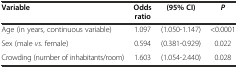
<table><thead><tr><td><b>Variable</b></td><td><b>Odds ratio</b></td><td><b>(95% CI)</b></td><td><b><i>P</i></b></td></tr></thead><tbody><tr><td>Age (in years, continuous variable)</td><td>1.097</td><td>(1.050-1.147)</td><td>&lt;0.0001</td></tr><tr><td>Sex (male <i>vs.</i> female)</td><td>0.594</td><td>(0.381-0.929)</td><td>0.022</td></tr><tr><td>Crowding (number of inhabitants/room)</td><td>1.603</td><td>(1.054-2.440)</td><td>0.028</td></tr></tbody></table>